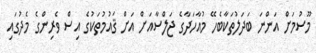
މޫސުމަށް އަންނަ ބަދަލުތަކާބެހޭ މުއާހަދާގެ ޖަލްސާއަށް އަށް ޤައުމުތަކުގެ އިސް ވެރިންގެ މެދުގައި